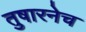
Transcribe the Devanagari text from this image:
तुषारनेच